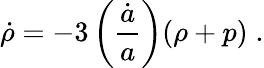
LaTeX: \dot{\rho}=-3\left({\frac{\dot{a}}{a}}\right)(\rho+p)\; .